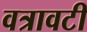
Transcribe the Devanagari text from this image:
वत्रावटी